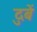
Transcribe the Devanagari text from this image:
दुबें